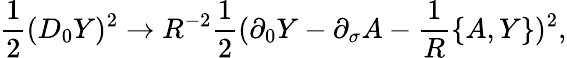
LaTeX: {\frac{1}{2}}(D_{0}Y)^{2}\rightarrow R^{-2}{\frac{1}{2}}(\partial_{0}Y-\partial_{\sigma}A-{\frac{1}{R}}\{ A,Y\} )^{2},